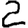
Digit: 2